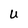
Character: U